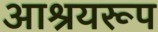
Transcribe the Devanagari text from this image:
आश्रयरूप